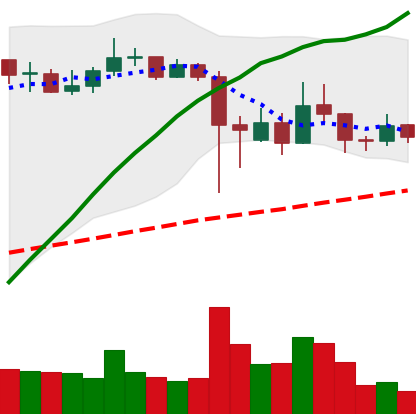
Ticker: ADA-USD
Chart end date: 2021-09-16
Forward return: -17.924%
Label: down_7plus